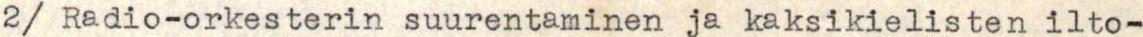
2/ Radio-orkesterin suurentaminen ja kaksikielisten ilto-